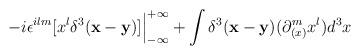
LaTeX: \begin{align*}- i \epsilon ^{ilm} [x^l \delta ^3 ({\bf x-y})]{\Big \vert} _{-\infty} ^{+\infty}+ \int \delta ^3 ({\bf x-y}) (\partial _{(x)} ^m x^l ) d^3 x\end{align*}